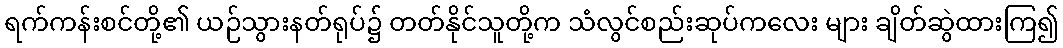
ရက်ကန်းစင်တို့၏ ယဉ်သွားနတ်ရုပ်၌ တတ်နိုင်သူတို့က သံလွင်စည်းဆုပ်ကလေး များ ချိတ်ဆွဲထားကြ၍